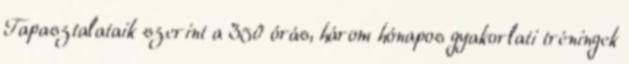
Tapasztalataik szerint a 350 órás, három hónapos gyakorlati tréningek